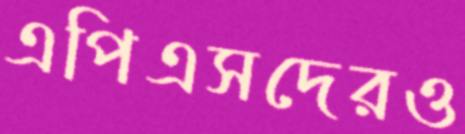
এপিএসদেরও